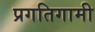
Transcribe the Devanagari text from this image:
प्रगतिगामी